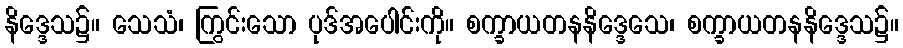
နိဒ္ဒေသ၌။ သေသံ၊ ကြွင်းသော ပုဒ်အပေါင်းကို။ စက္ခာယတနနိဒ္ဒေသေ၊ စက္ခာယတနနိဒ္ဒေသ၌။